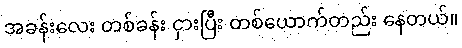
အခန်းလေး တစ်ခန်း ငှားပြီး တစ်ယောက်တည်း နေတယ်။